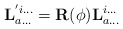
\begin{align*}\mathbf{ L} ^{'i...}_{a...} = \mathbf{ R}(\phi) \mathbf{ L}^{i...}_{a...}\end{align*}